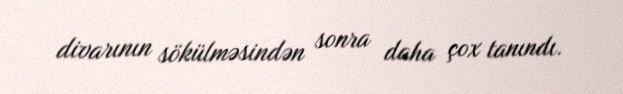
divarının sökülməsindən sonra daha çox tanındı.